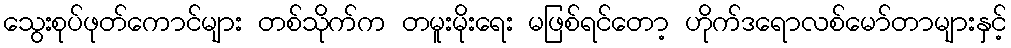
သွေးစုပ်ဖုတ်ကောင်များ တစ်သိုက်က တမူးမိုးရေး မဖြစ်ရင်တော့ ဟိုက်ဒရောလစ်မော်တာများနှင့်